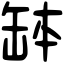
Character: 缽